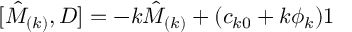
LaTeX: \lbrack \hat { M } _ { ( k ) } , D ] = - k \hat { M } _ { ( k ) } + ( c _ { k 0 } + k \phi _ { k } ) 1